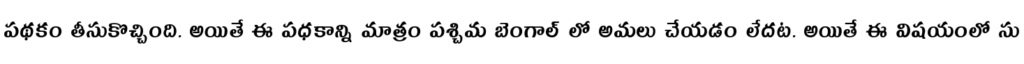
పథకం తీసుకొచ్చింది. అయితే ఈ పధకాన్ని మాత్రం పశ్చిమ బెంగాల్ లో అమలు చేయడం లేదట. అయితే ఈ విషయంలో సు